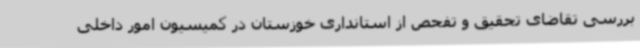
بررسی تقاضای تحقیق و تفحص از استانداری خوزستان در کمیسیون امور داخلی